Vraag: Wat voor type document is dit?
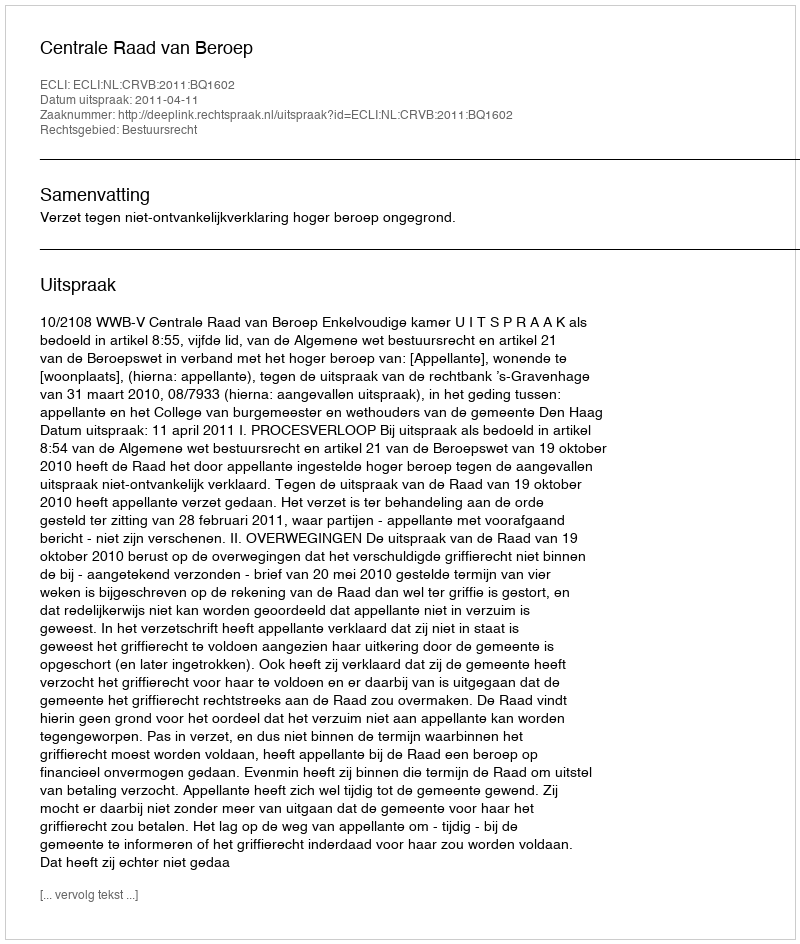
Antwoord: Uitspraak